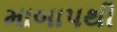
માબાપથી